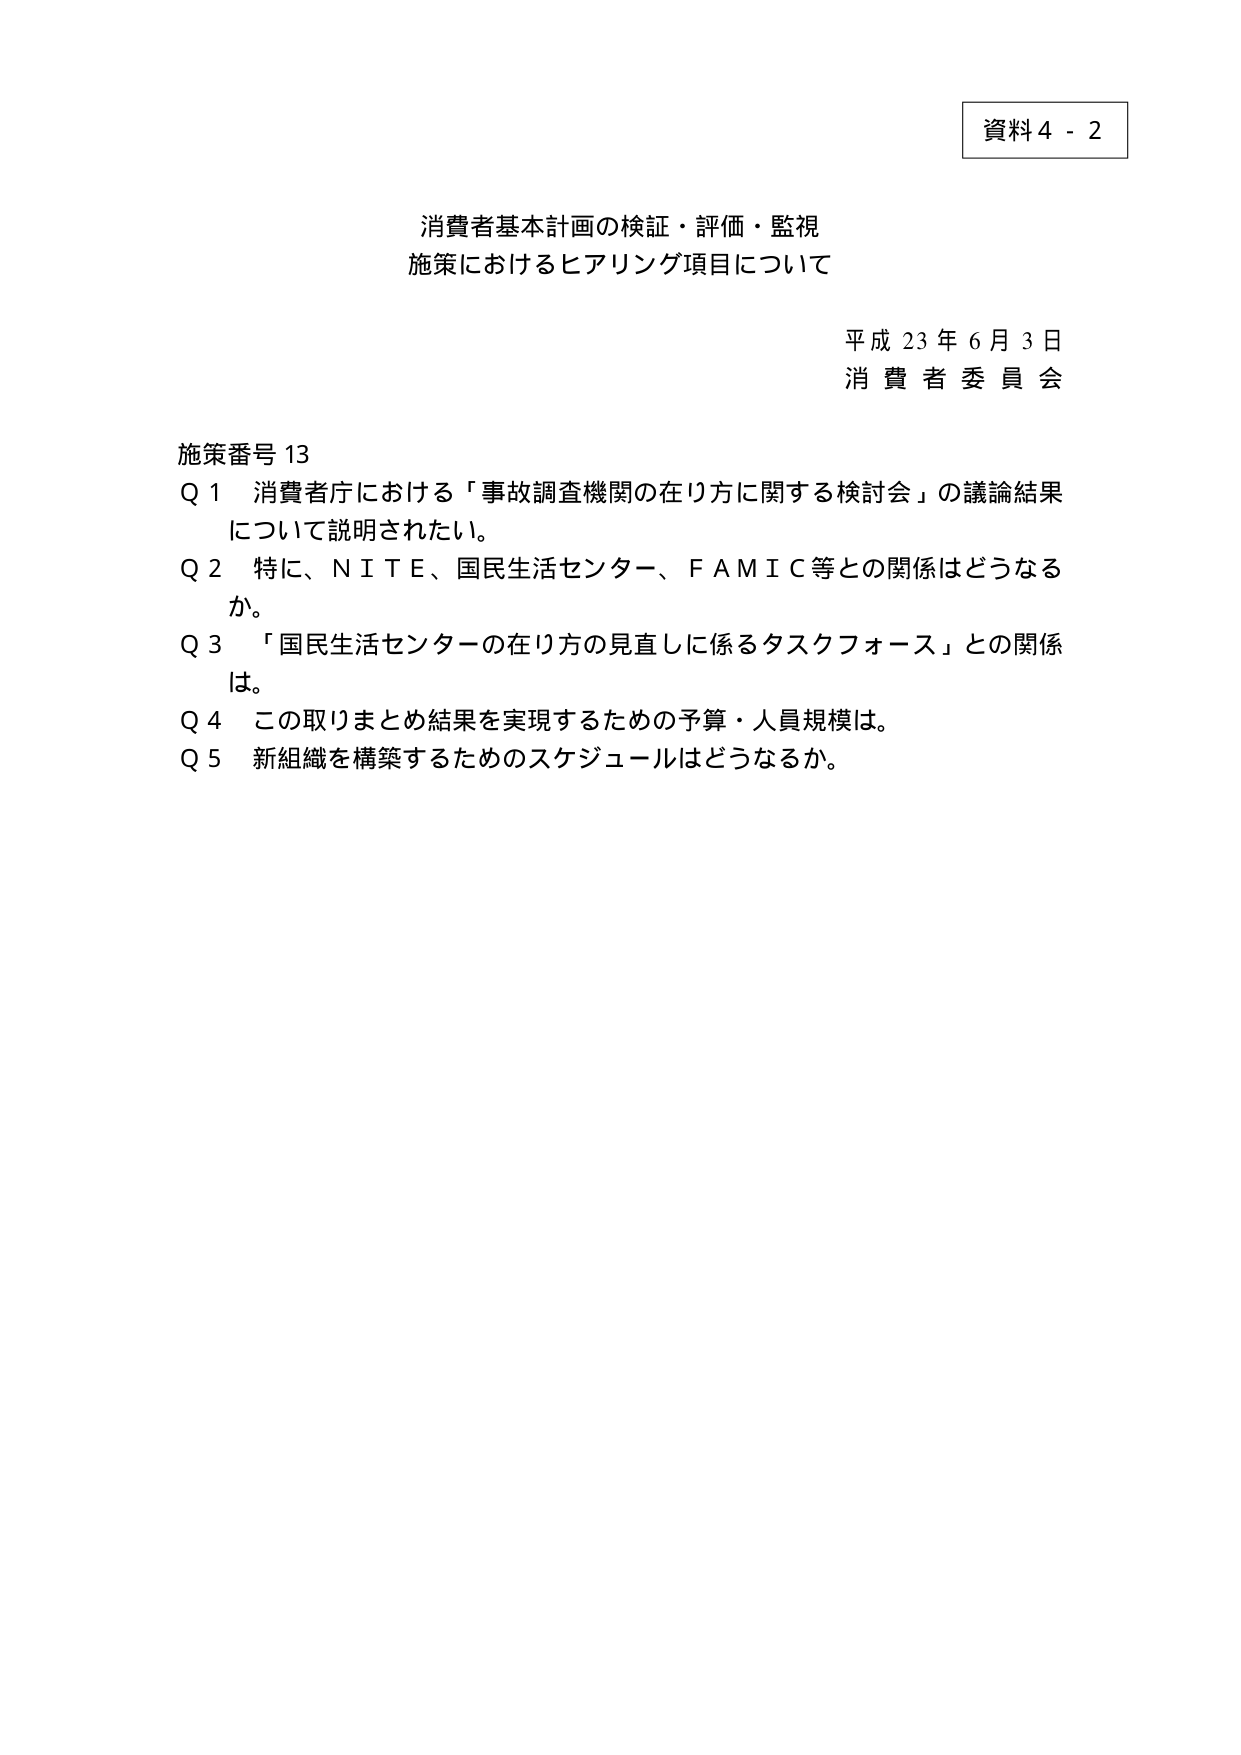
資料４－２

消費者基本計画の検証・評価・監視
施策におけるヒアリング項目について

平成23年6月3日
消費者委員会

施策番号13
Q1 消費者庁における「事故調査機関の在り方に関する検討会」の議論結果
について説明されたい。
Q2 特に、ＮＩＴＥ、国民生活センター、ＦＡＭＩＣ等との関係はどうなる
か。
Q3 「国民生活センターの在り方の見直しに係るタスクフォース」との関係
は。
Q4 この取りまとめ結果を実現するための予算・人員規模は。
Q5 新組織を構築するためのスケジュールはどうなるか。